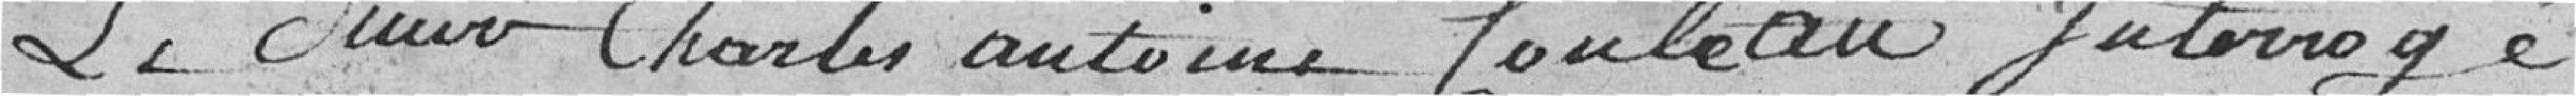
Le sieur Charles Antoine Couleau interrogé